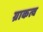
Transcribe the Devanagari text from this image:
ग्राकत्व